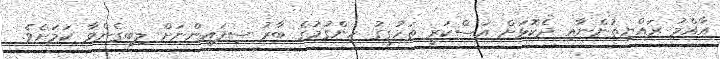
އާއްމު ރައްޔިތުންނާއި ދެކޮޅަށް އަސްކަރީ ތަހުގީގު ހިންގުމުގެ ބާރު ސިފައިންނަށް ލިބިގެންވާ ކަމަށެވެ.